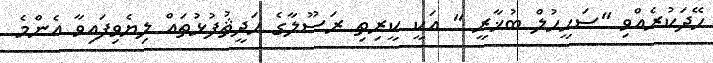
ހޭދަކުރެއްވި ''ޞަޙީޙުލް ބުޚާރީ '' އަކީ ކީރިތި ރަސޫލާގެ ޙަދީޘުފުޅުތައް ލިޔެވިފައިވާ އެންމެ